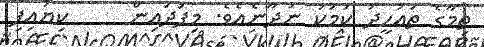
ތިމާގެ ތައުހީދު ކަމަކު ނުދާނެއެވެ. މިފަދައިން     ކިޔައިފި